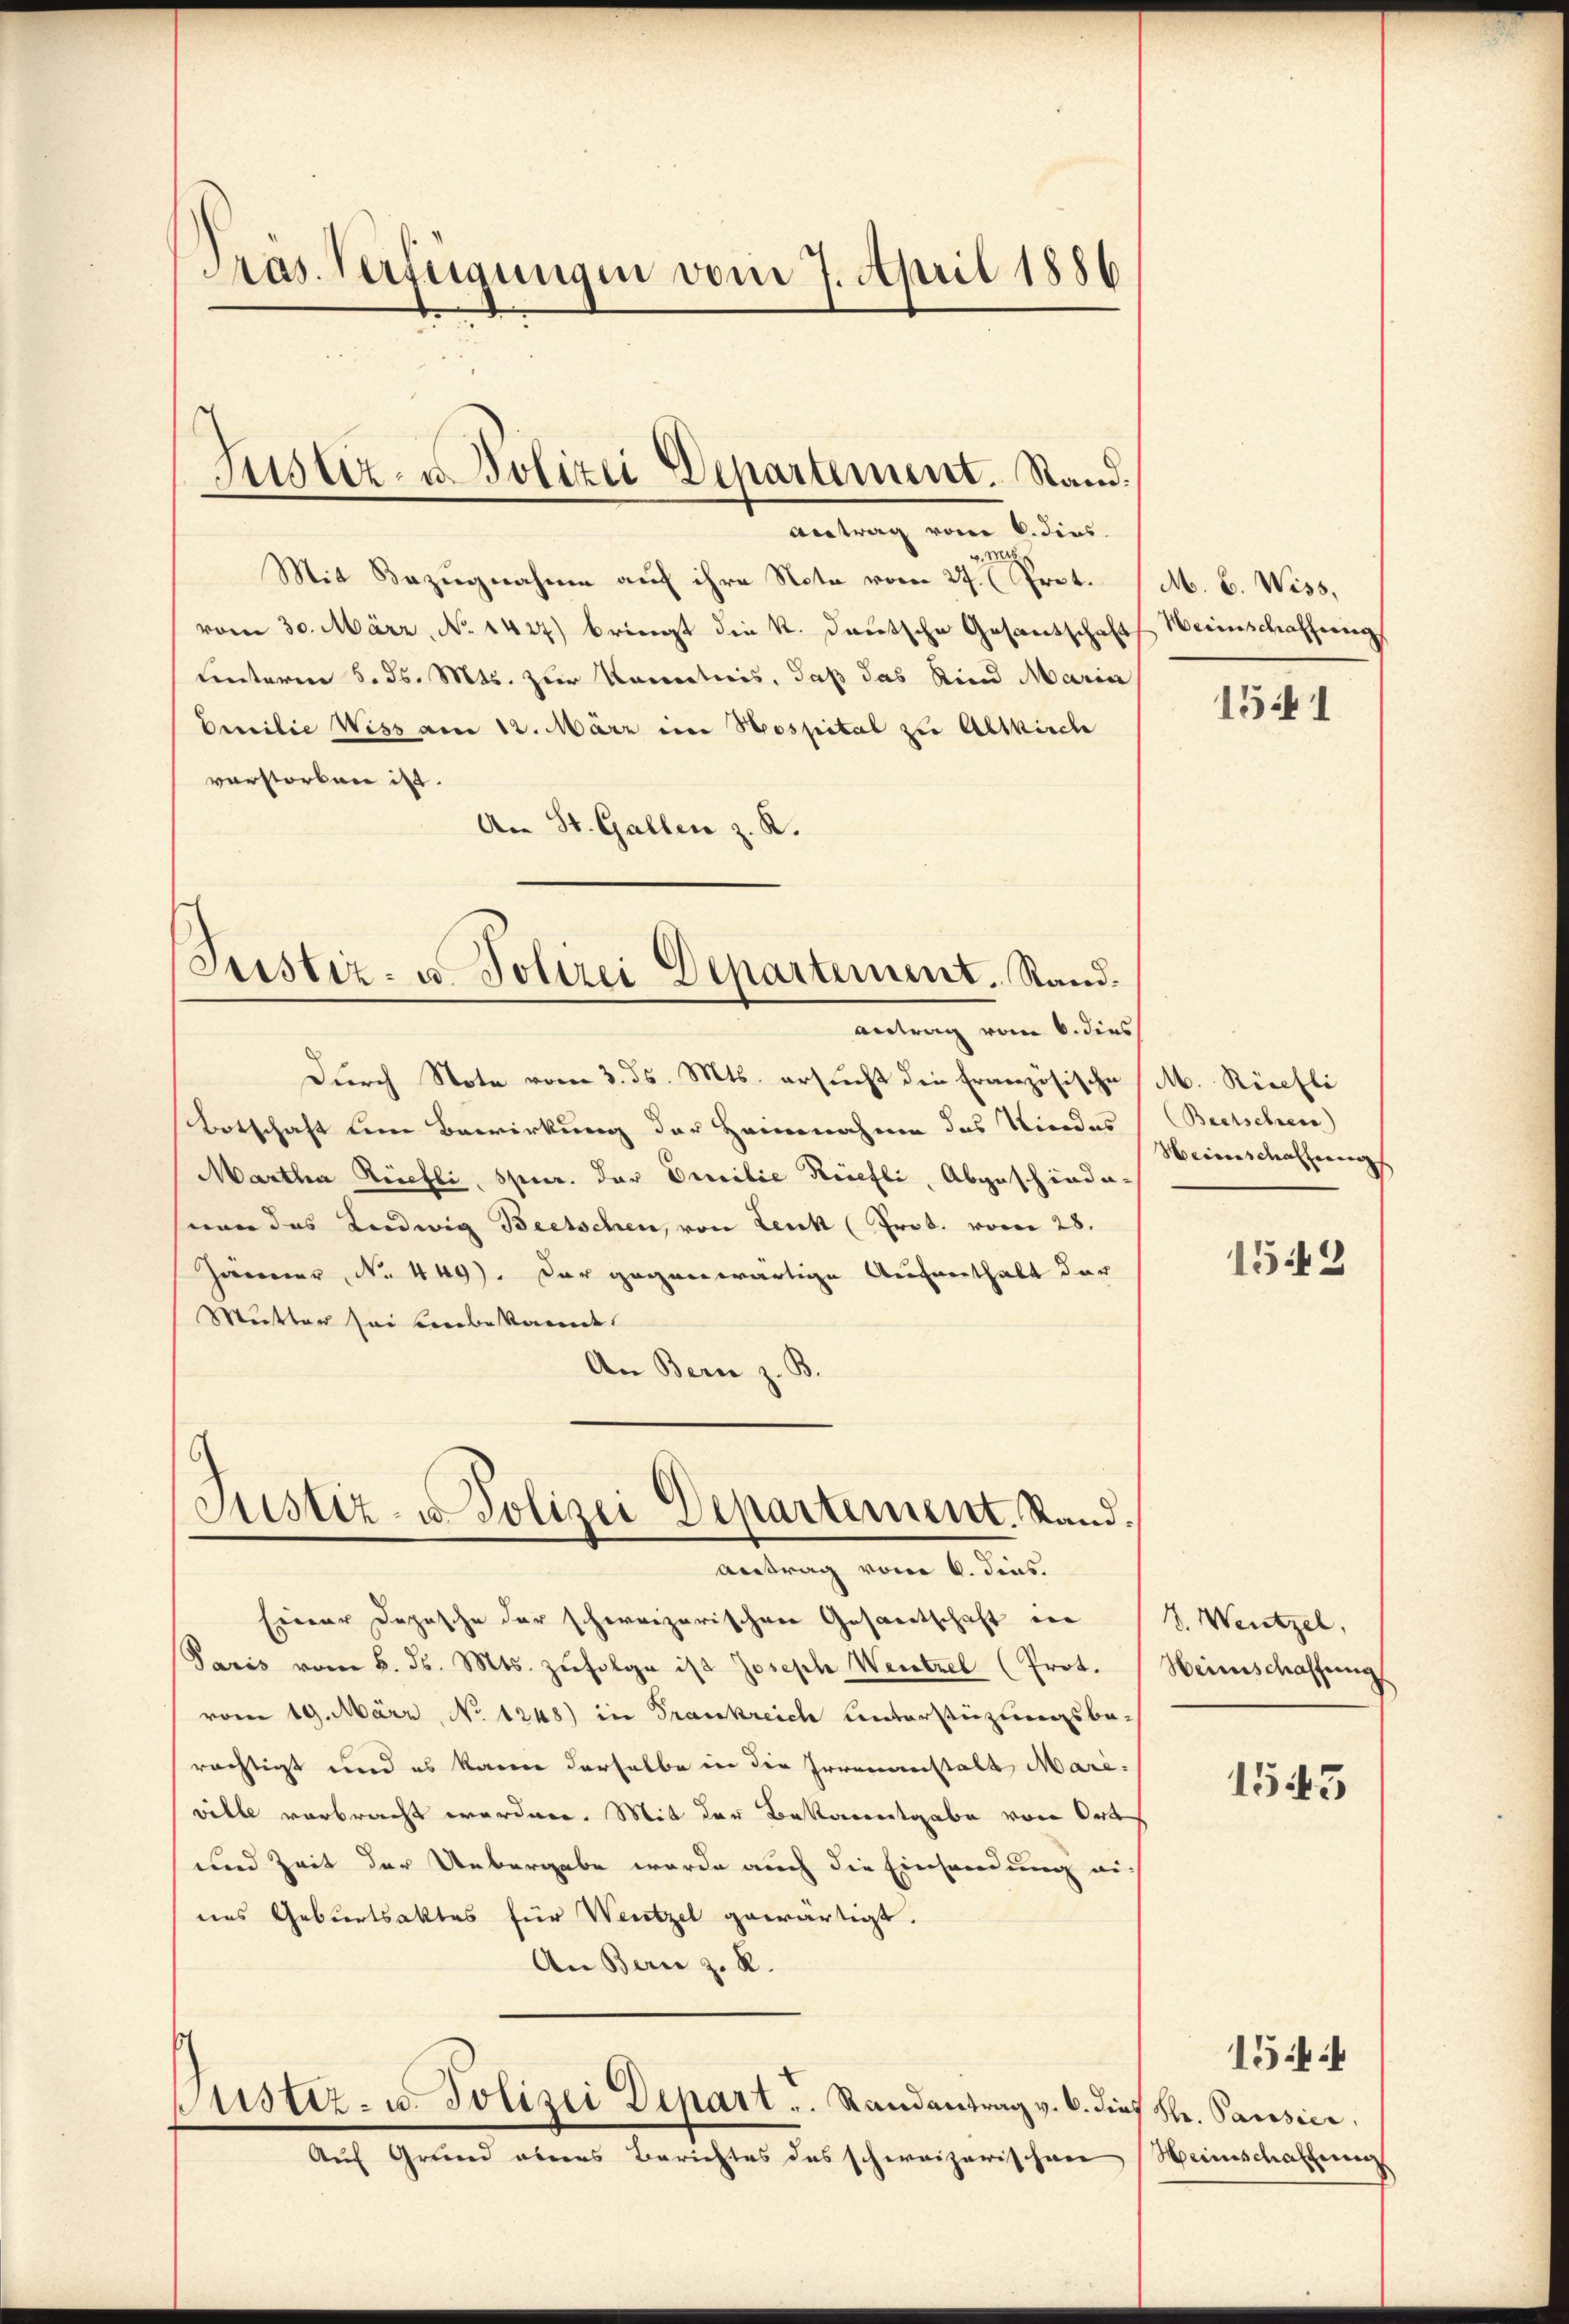
Pras. Verfügungen vom 7. April 1886

Antrag vom 6. dies
.
Mit Bezugnahme auf ihre Nota vom 27.  Prot.
vom 30. März, No 1427) bringt die K. Deutsche Gesantschaft
Lnterm 5. ds. Mts. zur Kenntnis, daß das Kind Maria
Emilie Wiss am 12. März im Hospital zu Altkirch
verstorben ist.
An St. Gallen z. R.
Justiz- u. Polizei Departement. Rand¬

Justiz- u. Polizei Departement. Stand.

antrag vom 6. dies

Justiz- u. Polizei Departement. Rand¬
Antrag vom 6. dies.

Durch Note vom 3. ds. Mts. ersucht die Französische
Botschaft den Bewirkung der Heinnahme das Niedes Beetschen
Martha Briefli, speer. der Emilie Kriefli, Abgeschiedenen das Ludwig Beetschen, von Lenk (Prot. vom 28.
Järmer, No 449). Der gegenwärtige Aufenthalt der
Mutter sei verbekannt.
An Bern z. B.
Einer Depesche der schweizerischen Gesandtschaft in
Paris vom 6. ds. Mts. zŭfolge ist Joseph Wentzel (Prot.
vom 19. März, No 1248) in Frankreich unterstieglungsberächtigt und es kann derselbe in die Irrenanstalt Mariville verbracht worden. Mit der Bekanntgabe von Oet
und Zeit der Uebergabe werde auch die Einsendung au
nes Geburtsaktes für Wentzel gewärtigt.
An Bern z. R.
pustiz- u. Polizei Depart ..  Randantrag v. 6. dies Str. Pausici,
Auf Grund oberes Berichtes das schweizerischen Weinschaffung

M. B. Wiss,
Weinschafferung

1541

M. Rüschli
Weinschaffung

1542

V. Wentzel,
Weinschaftung

1545

1544